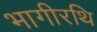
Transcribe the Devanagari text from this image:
भागीरथि